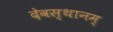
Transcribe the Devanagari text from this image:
देवस्थानम्